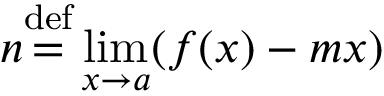
n { \stackrel { \mathrm { d e f } } { = } } \operatorname* { l i m } _ { x \rightarrow a } ( f ( x ) - m x )